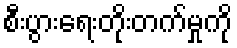
စီးပွားရေးတိုးတက်မှုကို